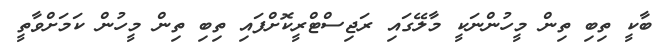
ބާކީ ތިބި ތިން މީހުންނަކީ މާލޭގައި ރަޖިސްޓްރީކޮށްފައި ތިބި ތިން މީހުން ކަމަށްވާތީ